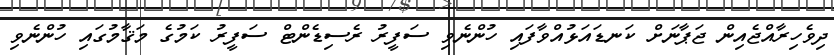
ދިވެހިރާއްޖެއިން ޖަޕާނަށް ކަނޑައަޅުއްވާފައި ހުންނެވި ސަފީރު ރެސިޑެންޓް ސަފީރު ކަމުގެ މަޤާމުގައި ހުންނެވި